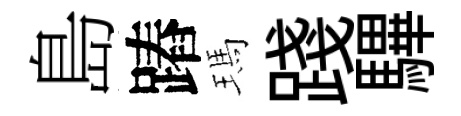
島蹖瑪踐驆